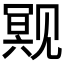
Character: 𬢒